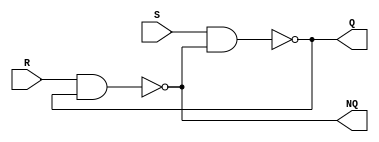
module SR_Latch (R,S,Q, NQ);
	input R, S;
	output Q, NQ;
	assign Q = ~( S & NQ); // S (SET) is active low
	assign NQ = ~(R & Q); // R (RESET) is active low
	
endmodule